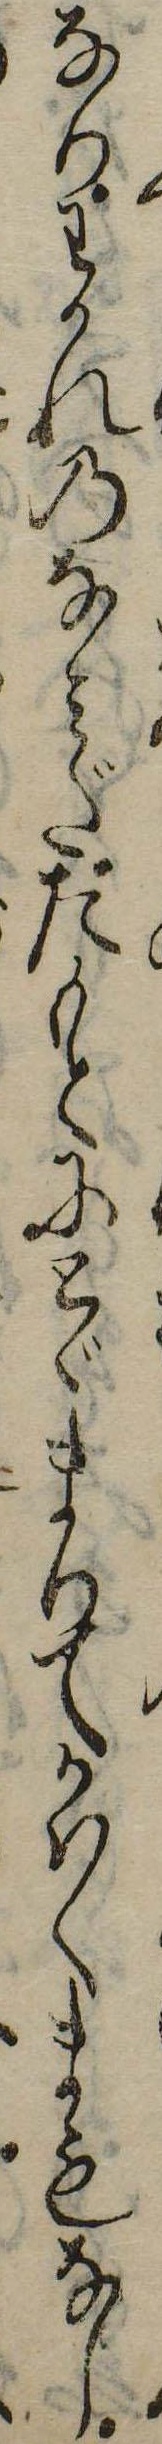
なりわかれのなみだたもとにとゞまりてかはくまもなし